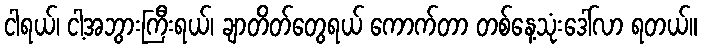
ငါရယ်၊ ငါ့အဘွားကြီးရယ်၊ ချာတိတ်တွေရယ် ကောက်တာ တစ်နေ့သုံးဒေါ်လာ ရတယ်။